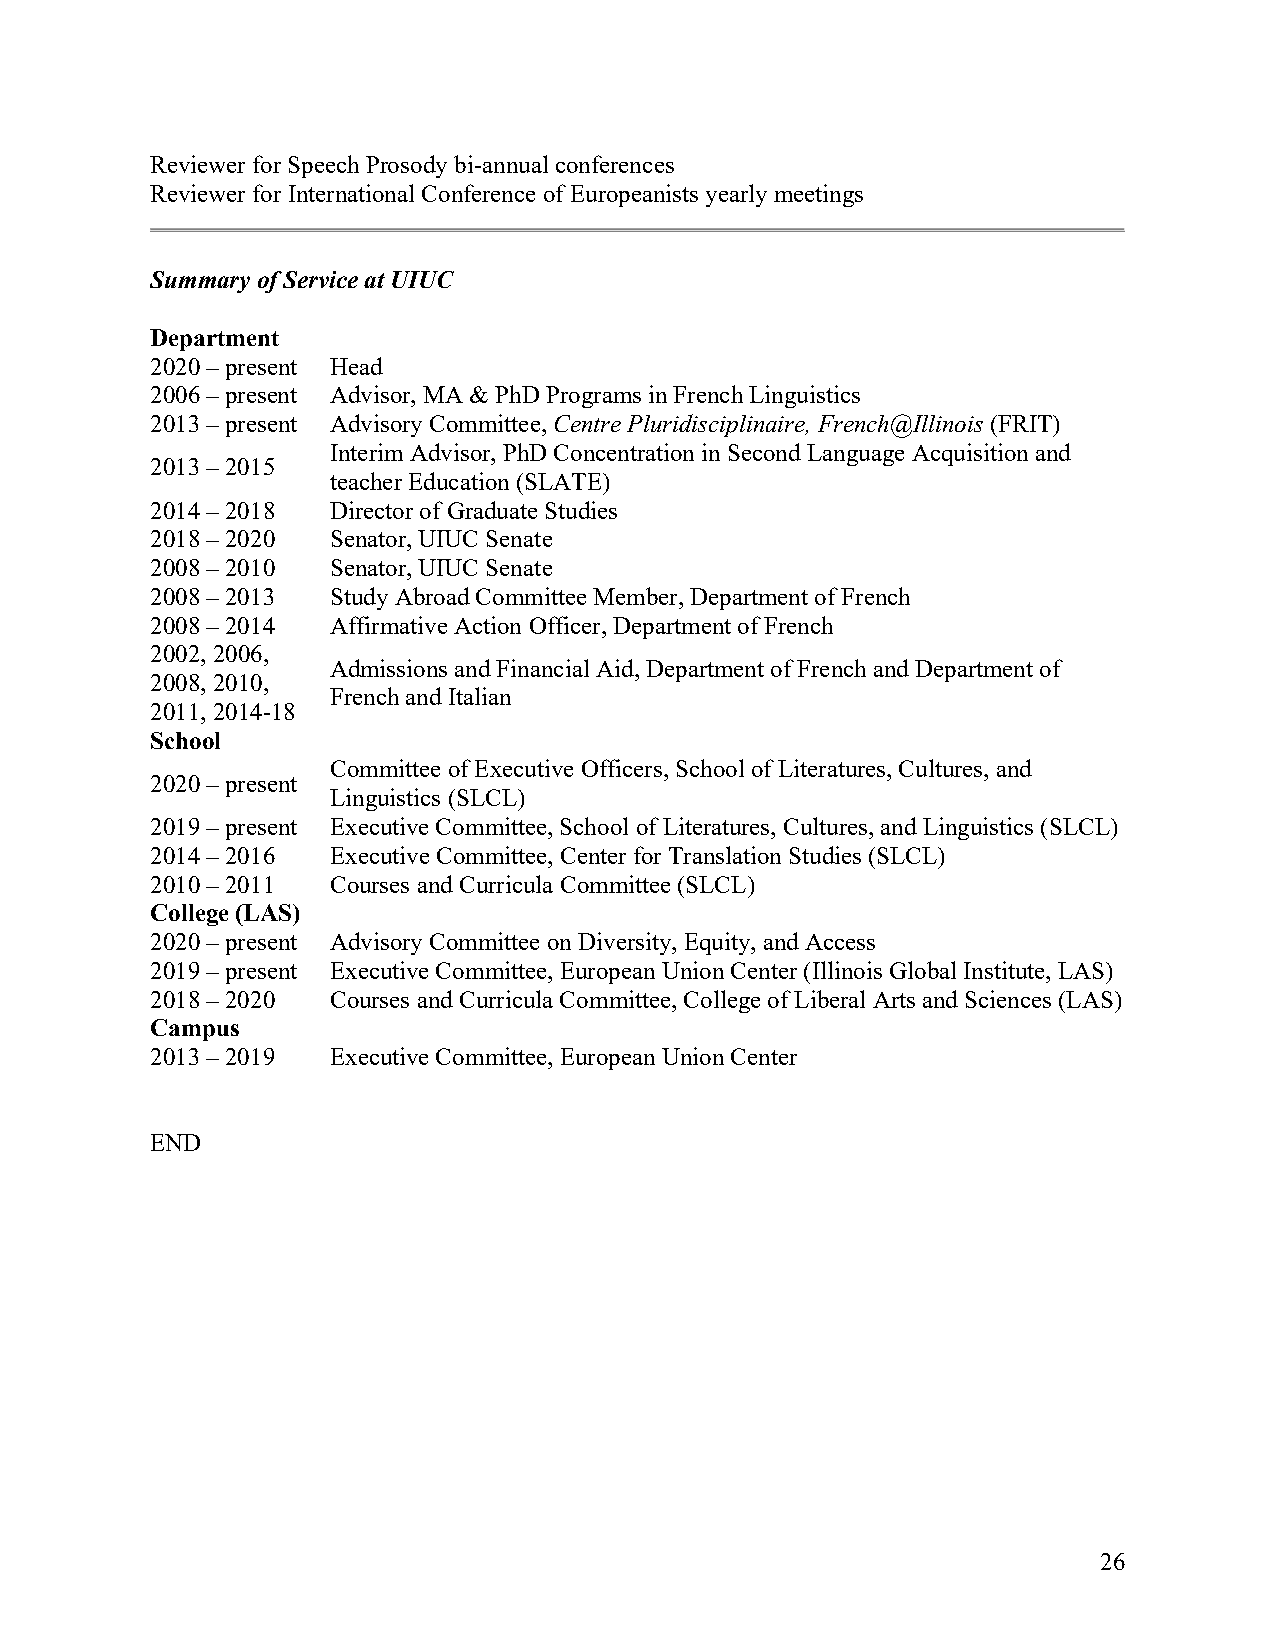
Reviewer for Speech Prosody bi-annual conferences
 Reviewer for International Conference of Europeanists yearly meetings
 Summary of Service at UIUC
 Department
 2020 – present Head
 2006 – present Advisor, MA & PhD Programs in French Linguistics
 2013 – present Advisory Committee, Centre Pluridisciplinaire, French@Illinois (FRIT)
 Interim Advisor, PhD Concentration in Second Language Acquisition and
 2013 – 2015
 teacher Education (SLATE)
 2014 – 2018 Director of Graduate Studies
 2018 – 2020 Senator, UIUC Senate
 2008 – 2010 Senator, UIUC Senate
 2008 – 2013 Study Abroad Committee Member, Department of French
 2008 – 2014 Affirmative Action Officer, Department of French
 2002, 2006,
 Admissions and Financial Aid, Department of French and Department of
 2008, 2010,
 French and Italian
 2011, 2014-18
 School
 Committee of Executive Officers, School of Literatures, Cultures, and
 2020 – present
 Linguistics (SLCL)
 2019 – present Executive Committee, School of Literatures, Cultures, and Linguistics (SLCL)
 2014 – 2016 Executive Committee, Center for Translation Studies (SLCL)
 2010 – 2011 Courses and Curricula Committee (SLCL)
 College (LAS)
 2020 – present Advisory Committee on Diversity, Equity, and Access
 2019 – present Executive Committee, European Union Center (Illinois Global Institute, LAS)
 2018 – 2020 Courses and Curricula Committee, College of Liberal Arts and Sciences (LAS)
 Campus
 2013 – 2019 Executive Committee, European Union Center
 END
 26